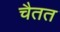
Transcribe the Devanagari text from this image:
चैतत